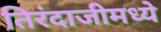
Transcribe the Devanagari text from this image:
तिरंदाजीमध्ये